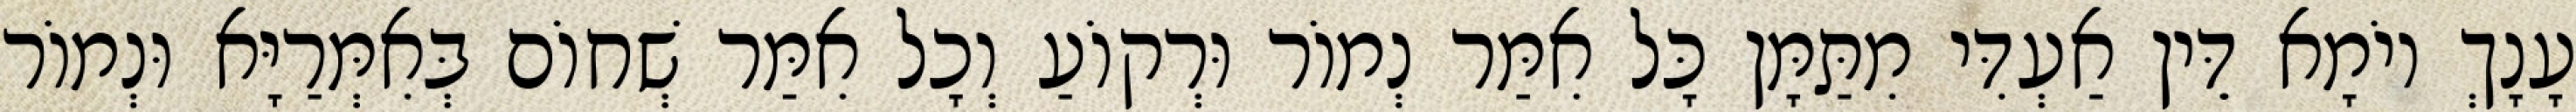
עָנָךְ יוֹמָא דֵּין אַעְדִּי מִתַּמָּן כָּל אִמַּר נְמוֹר וּרְקוֹעַ וְכָל אִמַּר שְׁחוֹם בְּאִמְּרַיָּא וּנְמוֹר